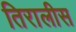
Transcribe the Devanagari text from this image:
तिरालीस